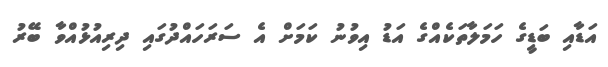
އަޑާއި ބަޑީގެ ހަމަލާތަކެއްގެ އަޑު އިވުނު ކަމަށް އެ ސަރަހައްދުގައި ދިރިއުޅުއްވާ ބޭރު